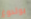
بولدوغ